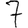
Digit: 7